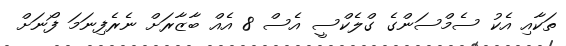
ތަކާއި އެކު ސެމްސަންގެ ގްލެކްސީ އެސް 8 އެއް ބާޒާރަށް ނެރެފިނަމަ ފޯނަށް